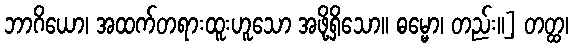
ဘာဂိယော၊ အထက်တရားထူးဟူသော အဖို့ရှိသော။ ဓမ္မော၊ တည်း။] တတ္ထ၊